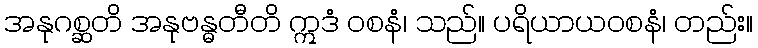
အနုဂစ္ဆတိ အနုဗန္ဓတီတိ ဣဒံ ဝစနံ၊ သည်။ ပရိယာယဝစနံ၊ တည်း။